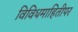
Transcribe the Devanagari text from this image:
विविधमाहितीपर